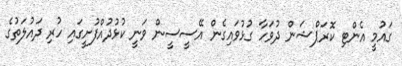
ގައުމީ އެންޓި ކޮރަޕްޝަން ދުވަހާ ގުޅުވައިގެން އޭސީސީން ވަނީ ކުޅުދުއްފުށީގައި ހުރި ދައުލަތުގެ